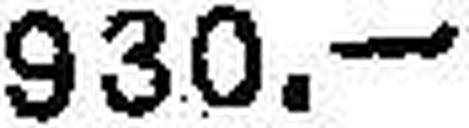
930.—